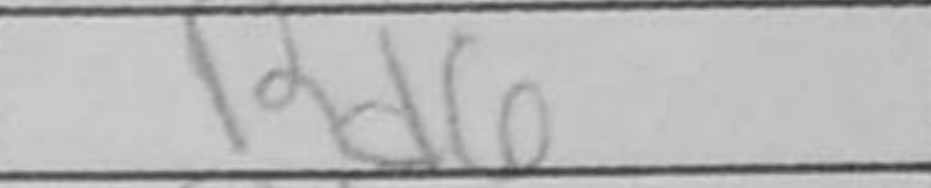
Transcription: Rd6